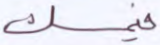
فيمسك